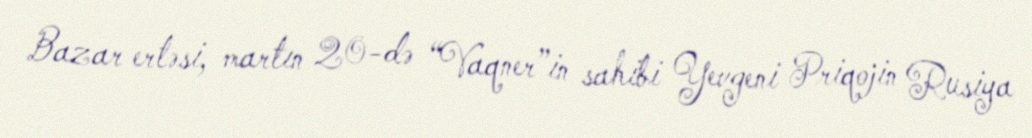
Bazar ertəsi, martın 20-də “Vaqner”in sahibi Yevgeni Priqojin Rusiya